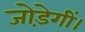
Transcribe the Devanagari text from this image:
जोड़ेगीं।